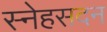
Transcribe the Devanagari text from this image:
स्नेहसदन